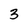
Character: 3